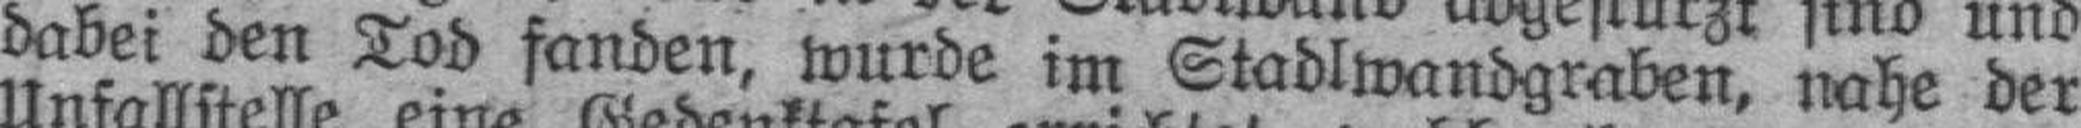
dabei den Tod fanden, wurde im Stadlwandgraben, nahe der